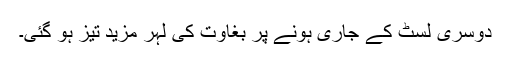
دوسری لسٹ کے جاری ہونے پر بغاوت کی لہر مزید تیز ہو گئی۔